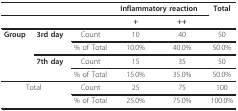
|  |  |  | <COLSPAN=2> Inflammatory reaction | Total |
 |  |  |  | + | ++ |  |
 | --- | --- | --- | --- | --- | --- |
 | Group | 3rd day | Count | 10 | 40 | 50 |
 |  |  | % of Total | 10.0% | 40.0% | 50.0% |
 |  | 7th day | Count | 15 | 35 | 50 |
 |  |  | % of Total | 15.0% | 35.0% | 50.0% |
 | <COLSPAN=2> Total | Count | 25 | 75 | 100 |
 |  |  | % of Total | 25.0% | 75.0% | 100.0% |